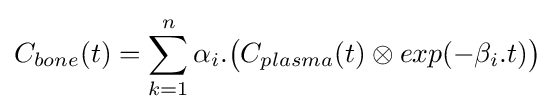
C_{bone}(t)=\sum _{k=1}^{n}\alpha _{i}.{\bigl (}C_{plasma}(t)\otimes exp(-\beta _{i}.t){\bigr )}